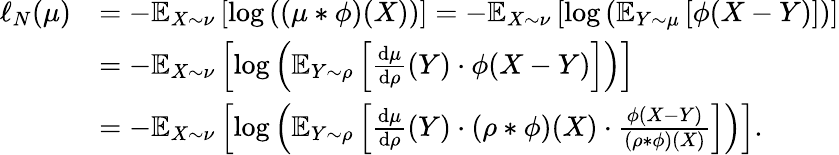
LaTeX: \begin{array}{rl}{\ell_{N}(\mu)}&{=-\mathbb{E}_{X\sim\nu}\left[\log\left((\mu*\phi)(X)\right)\right]=-\mathbb{E}_{X\sim\nu}\left[\log\left(\mathbb{E}_{Y\sim\mu}\left[\phi(X-Y)\right]\right)\right]}\\ &{=-\mathbb{E}_{X\sim\nu}\left[\log\left(\mathbb{E}_{Y\sim\rho}\left[\frac{\mathrm{d}\mu}{\mathrm{d}\rho}(Y)\cdot\phi(X-Y)\right]\right)\right]}\\ &{=-\mathbb{E}_{X\sim\nu}\left[\log\left(\mathbb{E}_{Y\sim\rho}\left[\frac{\mathrm{d}\mu}{\mathrm{d}\rho}(Y)\cdot(\rho*\phi)(X)\cdot\frac{\phi(X-Y)}{(\rho*\phi)(X)}\right]\right)\right].}\end{array}